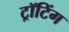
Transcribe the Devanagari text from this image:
ट्रॉटिंग